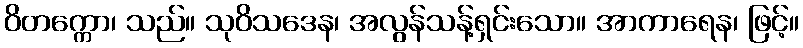
ဝိတက္ကော၊ သည်။ သုဝိသဒေန၊ အလွန်သန့်ရှင်းသော။ အာကာရေန၊ ဖြင့်။